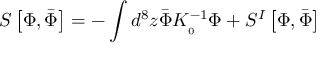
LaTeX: S \left[ \Phi , \bar { \Phi } \right] = - \int d ^ { 8 } z \bar { \Phi } K _ { \L _ { 0 } } ^ { - 1 } \Phi + S ^ { I } \left[ \Phi , \bar { \Phi } \right]